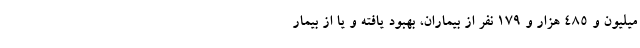
میلیون و ۴۸۵ هزار و ۱۷۹ نفر از بیماران، بهبود یافته و یا از بیمار